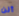
ألن